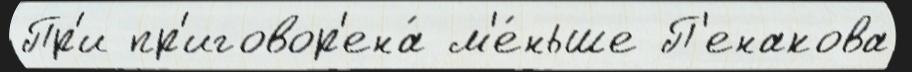
Пр'и пр'иговор'ена́ м'е́ньше П'енакова